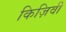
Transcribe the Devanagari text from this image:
किज़िवी